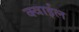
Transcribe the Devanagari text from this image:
क्वाईल